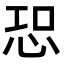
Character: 𢙢